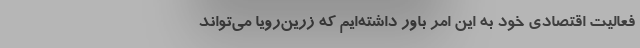
فعالیت اقتصادی خود به این امر باور داشته‌ایم که زرین‌رویا می‌تواند